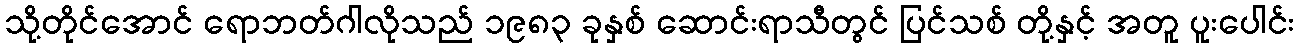
သို့တိုင်အောင် ရောဘတ်ဂါလိုသည် ၁၉၈၃ ခုနှစ် ဆောင်းရာသီတွင် ပြင်သစ် တို့နှင့် အတူ ပူးပေါင်း